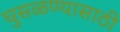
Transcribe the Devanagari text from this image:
घुसळण्यासाठी